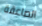
الصاعقة